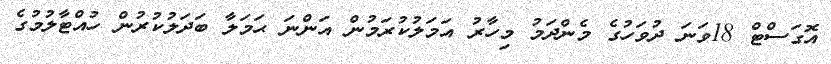
އޮގަސްޓް 18ވަނަ ދުވަހުގެ މެންދަމު މިހާރު އަމަލުކުރަމުން އަންނަ ޙަމަލާ ބަދަލުކުރުން ހުއްޓާލުމުގެ